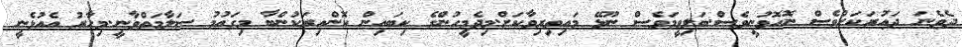
ދެވެނަ ދައުރަކަށްވެސް ނޮހޮވުނީވެސް.ބަލިވީމަވެސް ނޫޅޭ މައިތިރިވާކަށް.މިދެމީހުންގެ ކިބައިން ކޮންއިރަކުންބާ މިގައުމު ސަލާމަތްވާނީ.މިހާރު އެއުޅެނީ